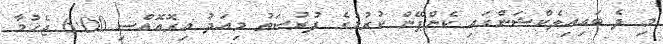
މި ދެ ބައިއިލެކްޝަންގައި ކެންޕޭން ކުރުމުގެ ފުރުސަތު މިއަދު އިރޮއޮއްސި 6:00 ޖެހުމާ